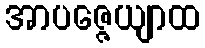
အာပဇ္ဇေယျာထ